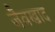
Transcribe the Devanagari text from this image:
जैवखाद